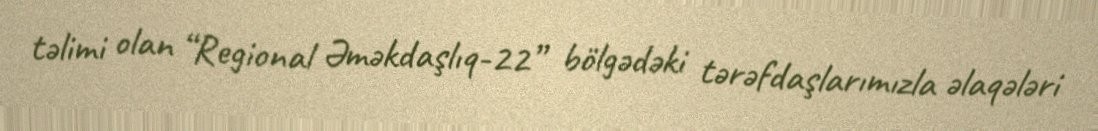
təlimi olan “Regional Əməkdaşlıq-22” bölgədəki tərəfdaşlarımızla əlaqələri